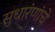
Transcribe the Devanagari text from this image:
सुधारंणांचे